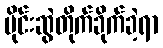
မိုင်းဆွဲတိုက်ခိုက်ခဲ့ရာ